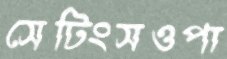
সেটিংসওপা